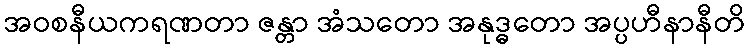
အဝစနီယကရဏတာ ဇန္တာ အံသတော အနုဒ္ဓတော အပ္ပဟီနာနီတိ